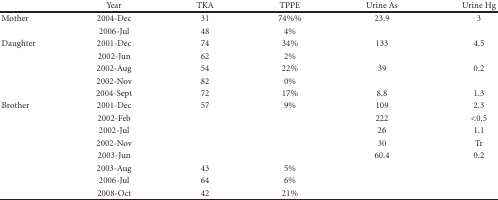
<table><thead><tr><td>[EMPTY_CELL]</td><td><b>Year</b></td><td><b>TKA</b></td><td><b>TPPE</b></td><td><b>Urine As</b></td><td><b>Urine Hg</b></td></tr></thead><tbody><tr><td>Mother</td><td>2004-Dec</td><td>31</td><td>74%%</td><td>23.9</td><td>3</td></tr><tr><td>[EMPTY_CELL]</td><td>2006-Jul</td><td>48</td><td>4%</td><td>[EMPTY_CELL]</td><td>[EMPTY_CELL]</td></tr><tr><td>Daughter</td><td>2001-Dec</td><td>74</td><td>34%</td><td>133</td><td>4.5</td></tr><tr><td>[EMPTY_CELL]</td><td>2002-Jun</td><td>62</td><td>2%</td><td>[EMPTY_CELL]</td><td>[EMPTY_CELL]</td></tr><tr><td>[EMPTY_CELL]</td><td>2002-Aug</td><td>54</td><td>22%</td><td>39</td><td>0.2</td></tr><tr><td>[EMPTY_CELL]</td><td>2002-Nov</td><td>82</td><td>0%</td><td>[EMPTY_CELL]</td><td>[EMPTY_CELL]</td></tr><tr><td>[EMPTY_CELL]</td><td>2004-Sept</td><td>72</td><td>17%</td><td>8.8</td><td>1.3</td></tr><tr><td>Brother</td><td>2001-Dec</td><td>57</td><td>9%</td><td>109</td><td>2.3</td></tr><tr><td>[EMPTY_CELL]</td><td>2002-Feb</td><td>[EMPTY_CELL]</td><td>[EMPTY_CELL]</td><td>222</td><td>&lt;0.5</td></tr><tr><td>[EMPTY_CELL]</td><td>2002-Jul</td><td>[EMPTY_CELL]</td><td>[EMPTY_CELL]</td><td>26</td><td>1.1</td></tr><tr><td>[EMPTY_CELL]</td><td>2002-Nov</td><td>[EMPTY_CELL]</td><td>[EMPTY_CELL]</td><td>30</td><td>Tr</td></tr><tr><td>[EMPTY_CELL]</td><td>2003-Jun</td><td>[EMPTY_CELL]</td><td>[EMPTY_CELL]</td><td>60.4</td><td>0.2</td></tr><tr><td>[EMPTY_CELL]</td><td>2003-Aug</td><td>43</td><td>5%</td><td>[EMPTY_CELL]</td><td>[EMPTY_CELL]</td></tr><tr><td>[EMPTY_CELL]</td><td>2006-Jul</td><td>64</td><td>6%</td><td>[EMPTY_CELL]</td><td>[EMPTY_CELL]</td></tr><tr><td>[EMPTY_CELL]</td><td>2008-Oct</td><td>42</td><td>21%</td><td>[EMPTY_CELL]</td><td>[EMPTY_CELL]</td></tr></tbody></table>